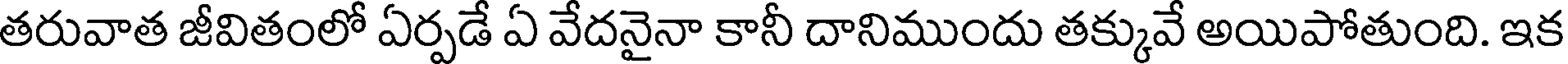
తరువాత జీవితంలో ఏర్పడే ఏ వేదనైనా కానీ దానిముందు తక్కువే అయిపోతుంది. ఇక